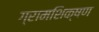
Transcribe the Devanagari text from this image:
ग्रामशिक्षण